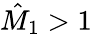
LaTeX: \hat{M}_{1}>1